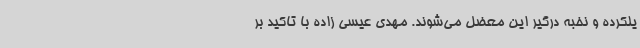
یلکرده و نخبه درگیر این معضل می‌شوند. مهدی عیسی زاده با تاکید بر